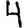
Digit: 4